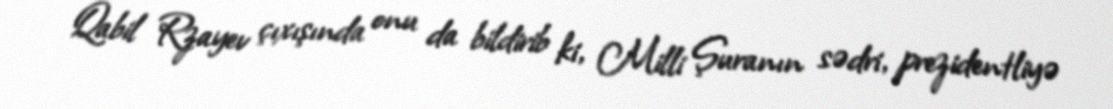
Qabil Rzayev çıxışında onu da bildirib ki, Milli Şuranın sədri, prezidentliyə